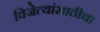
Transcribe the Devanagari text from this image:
विजेत्यांसाठीचा